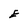
Character: E